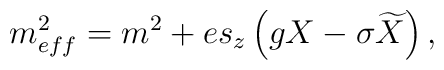
m_{eff}^2=m^2+es_z\left( gX-\sigma \widetilde{X}\right),